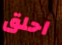
احلق